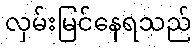
လှမ်းမြင်နေရသည်